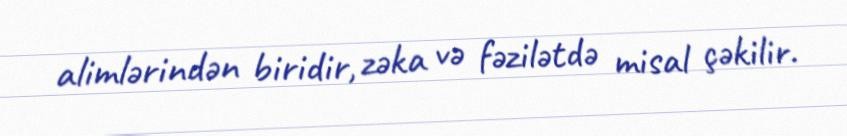
alimlərindən biridir, zəka və fəzilətdə misal çəkilir.